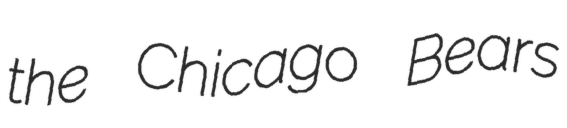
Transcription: the Chicago Bears